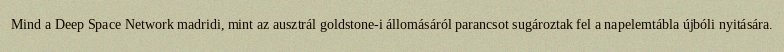
Mind a Deep Space Network madridi, mint az ausztrál goldstone-i állomásáról parancsot sugároztak fel a napelemtábla újbóli nyitására.